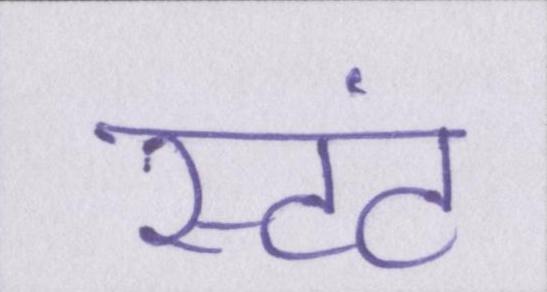
स्टंट